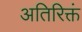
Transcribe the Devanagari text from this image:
अतिरिक्तं